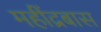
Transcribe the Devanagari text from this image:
महींद्रबास